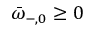
\bar { \omega } _ { - , 0 } \geq 0